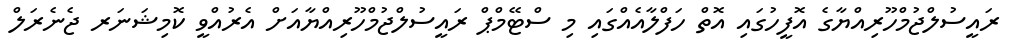
ރައީސުލްޖުމްހޫރިއްޔާގެ އޮފީހުގައި އޮތް ހަފްލާއެއްގައި މި ސްޓޭމްޕް ރައީސުލްޖުމްހޫރިއްޔާއަށް އެރުއްވީ ކޮމިޝަނަރ ޖެނެރަލް